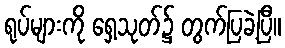
ရုပ်များကို ရှေ့သုတ်၌ တွက်ပြခဲ့ပြီ။